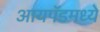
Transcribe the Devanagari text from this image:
आयपॅडमध्ये